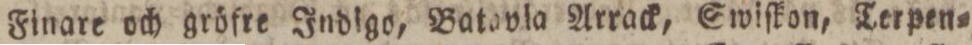
Finare och gröfre Indigo, Batavla Arrack, Swiſkon, Terpen=